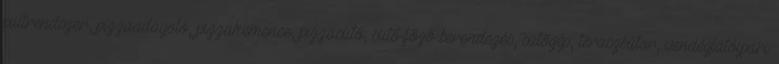
pultrendszer, pizzaadagoló, pizzakemence, pizzasütő, sütő-főző berendezés, sütőgép, teraszbútor, vendéglátóipari